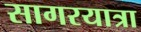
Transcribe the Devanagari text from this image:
सागरयात्रा